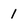
Character: 1